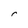
Character: r